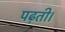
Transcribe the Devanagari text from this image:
पढ़ती।